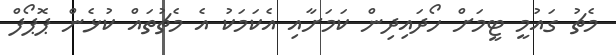
މެޗު ގައުމީ ޓީމަށް ހޯދައިދިން ކަމަށާއި އެކަމަކު އެ މެޗުތައް ކުޅެން ޕޮޮޕޯފް